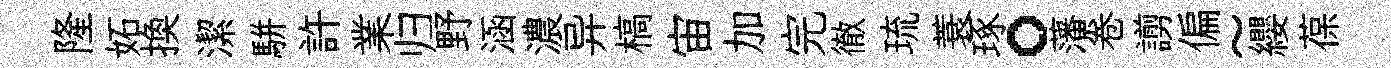
隆妬换潔駢許業归野涵濃异槁宙加完徹琉蓑琢。藩卷謭偏~纓葆